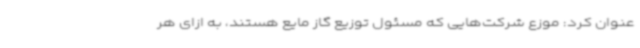
عنوان کرد: موزع شرکت‌هایی که مسئول توزیع گاز مایع هستند، به ازای هر